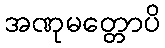
အဏုမတ္တောပိ